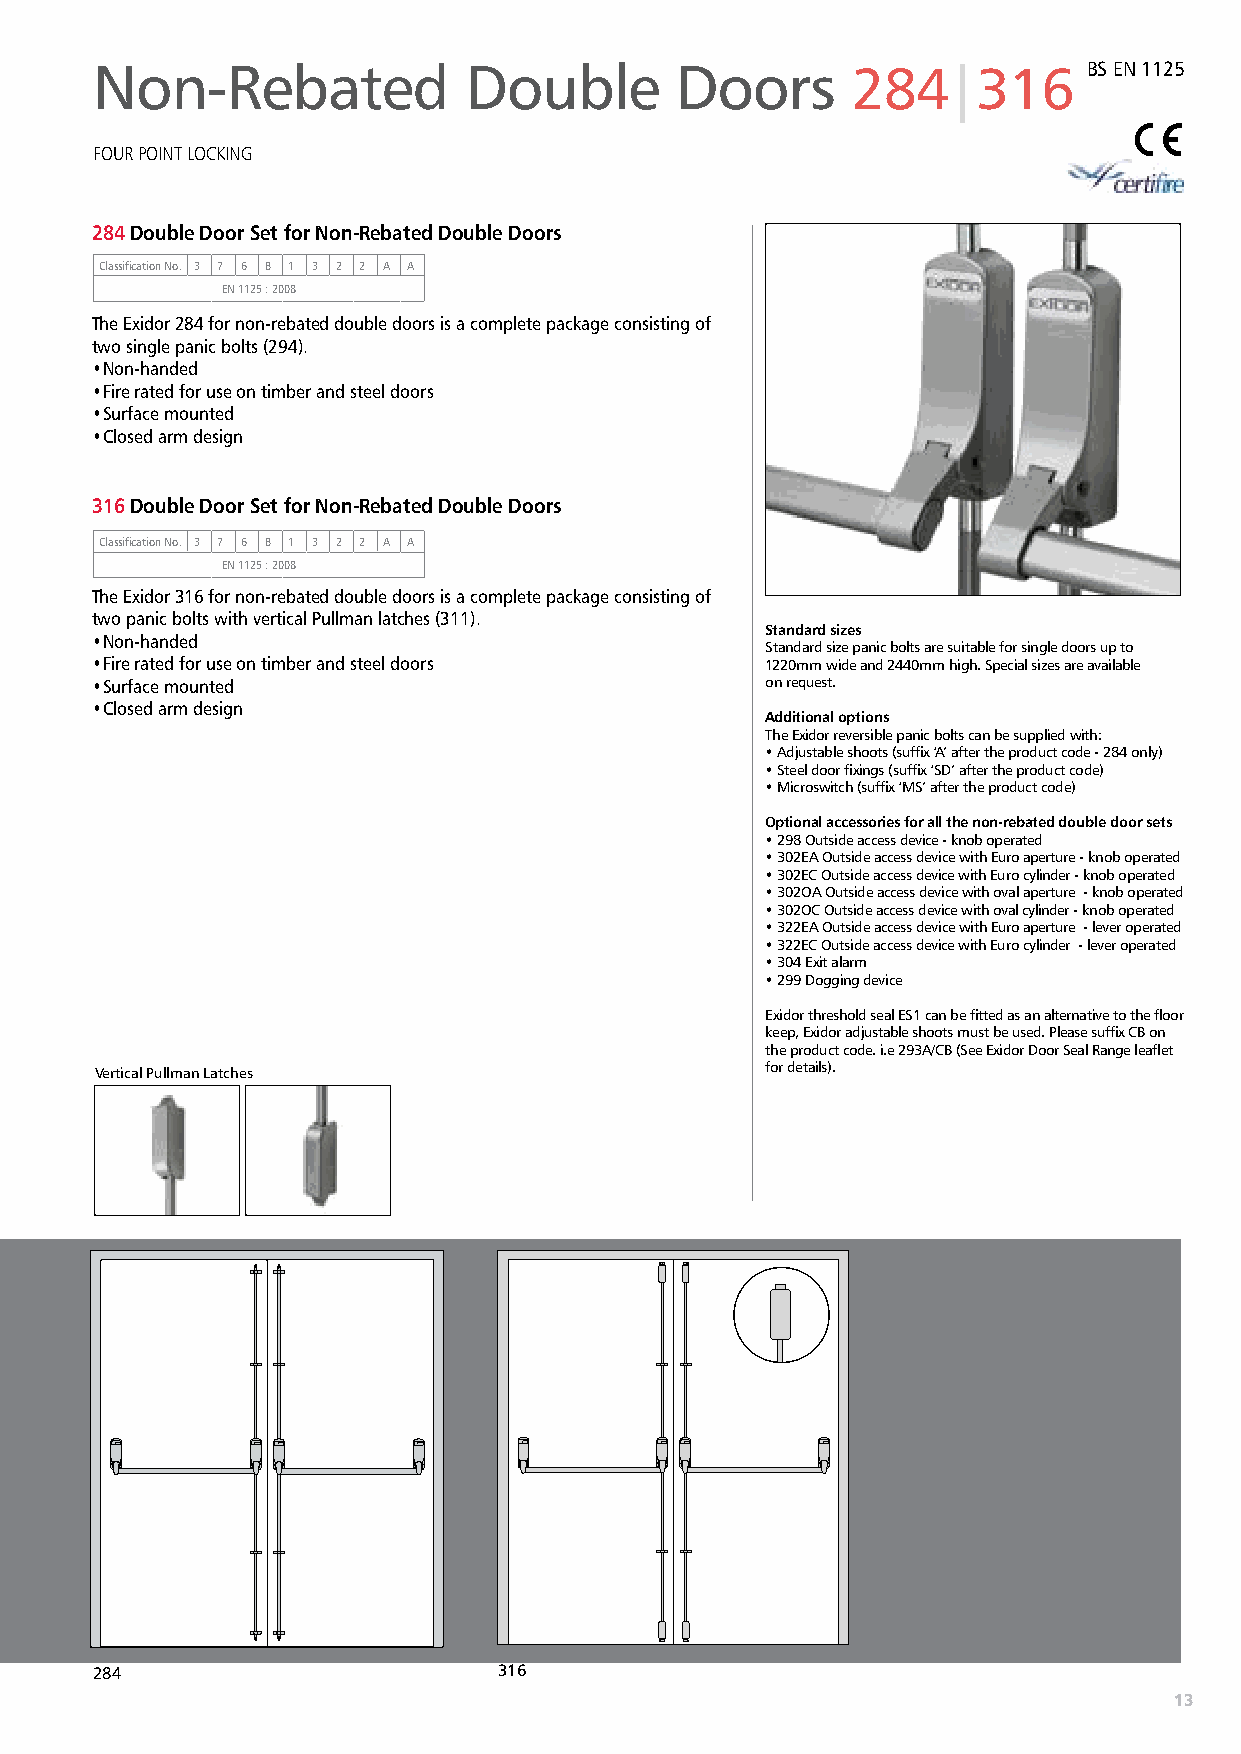
Non-Rebated              Double        Doors      284|316         BS EN 1125
 FOUR POINT LOCKING
 284 Double Door Set for Non-Rebated Double Doors
 Classification No. 3 7 6 B 1 3 2 2 A A
 EN 1125 : 2008
 The Exidor 284 for non-rebated double doors is a complete package consisting of
 two single panic bolts (294).
 • Non-handed
 • Fire rated for use on timber and steel doors
 • Surface mounted
 • Closed arm design
 316 Double Door Set for Non-Rebated Double Doors
 Classification No. 3 7 6 B 1 3 2 2 A A
 EN 1125 : 2008
 The Exidor 316 for non-rebated double doors is a complete package consisting of
 two panic bolts with vertical Pullman latches (311).
 Standard sizes
 • Non-handed
 Standard size panic bolts are suitable for single doors up to
 • Fire rated for use on timber and steel doors 1220mm wide and 2440mm high. Special sizes are available
 • Surface mounted                            on request.
 • Closed arm design
 Additional options
 The Exidor reversible panic bolts can be supplied with:
 • Adjustable shoots (suffix ‘A’ after the product code - 284 only)
 • Steel door fixings (suffix ‘SD’ after the product code)
 • Microswitch (suffix ‘MS’ after the product code)
 Optional accessories for all the non-rebated double door sets
 • 298 Outside access device - knob operated
 • 3 02EA Outside access device with Euro aperture - knob operated
 • 3 02EC Outside access device with Euro cylinder - knob operated
 • 3 02OA Outside access device with oval aperture - knob operated
 • 3 02OC Outside access device with oval cylinder - knob operated
 • 3 22EA Outside access device with Euro aperture - lever operated
 • 3 22EC Outside access device with Euro cylinder - lever operated
 • 304 Exit alarm
 • 299 Dogging device
 Exidor threshold seal ES1 can be fitted as an alternative to the floor
 keep, Exidor adjustable shoots must be used. Please suffix CB on
 the product code. i.e 293A/CB (See Exidor Door Seal Range leaflet
 Vertical Pullman Latches                     for details).
 284                        316
 13